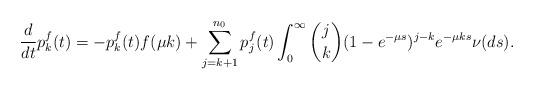
LaTeX: \begin{align*}\frac{d}{dt} p_k^f(t)= -p_k^f(t)f(\mu k)+ \sum_{j=k+1}^{n_0} p_j^f(t) \int _0 ^\infty \binom{j}{k} (1-e^{- \mu s})^{j-k} e^{-\mu k s} \nu (ds) .\end{align*}